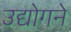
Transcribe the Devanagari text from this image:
उद्योगने